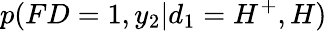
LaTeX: p(FD=1,y_{2}|d_{1}=H^{+},H)